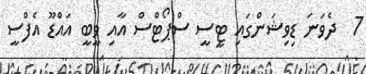
7  ދެވަނަ ޑިވިޝަންގައި ޓީސީ ސްޕޯޓްސް އާއި ވީބީ އައްޑޫ އެފްސީ